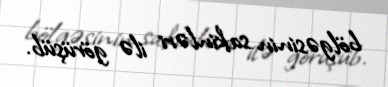
bölgəsinin sakinləri ilə görüşüb.